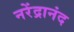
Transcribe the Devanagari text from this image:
नरेंद्रानंद